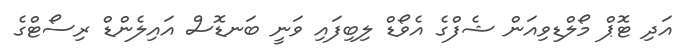
އަދި ޓޮޕް މޯލްޑިވިއަން ޝެފްގެ އެވޯޑް ލިބިފައި ވަނީ ބަނޑޮސް އައިލެންޑް ރިސޯޓްގެ